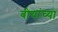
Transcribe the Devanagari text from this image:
बीयांच्या